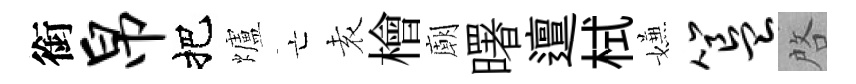
銜帛把爐亡𡊮檜廟曙邅栻嫌簋啓